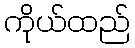
ကိုယ်ထည်